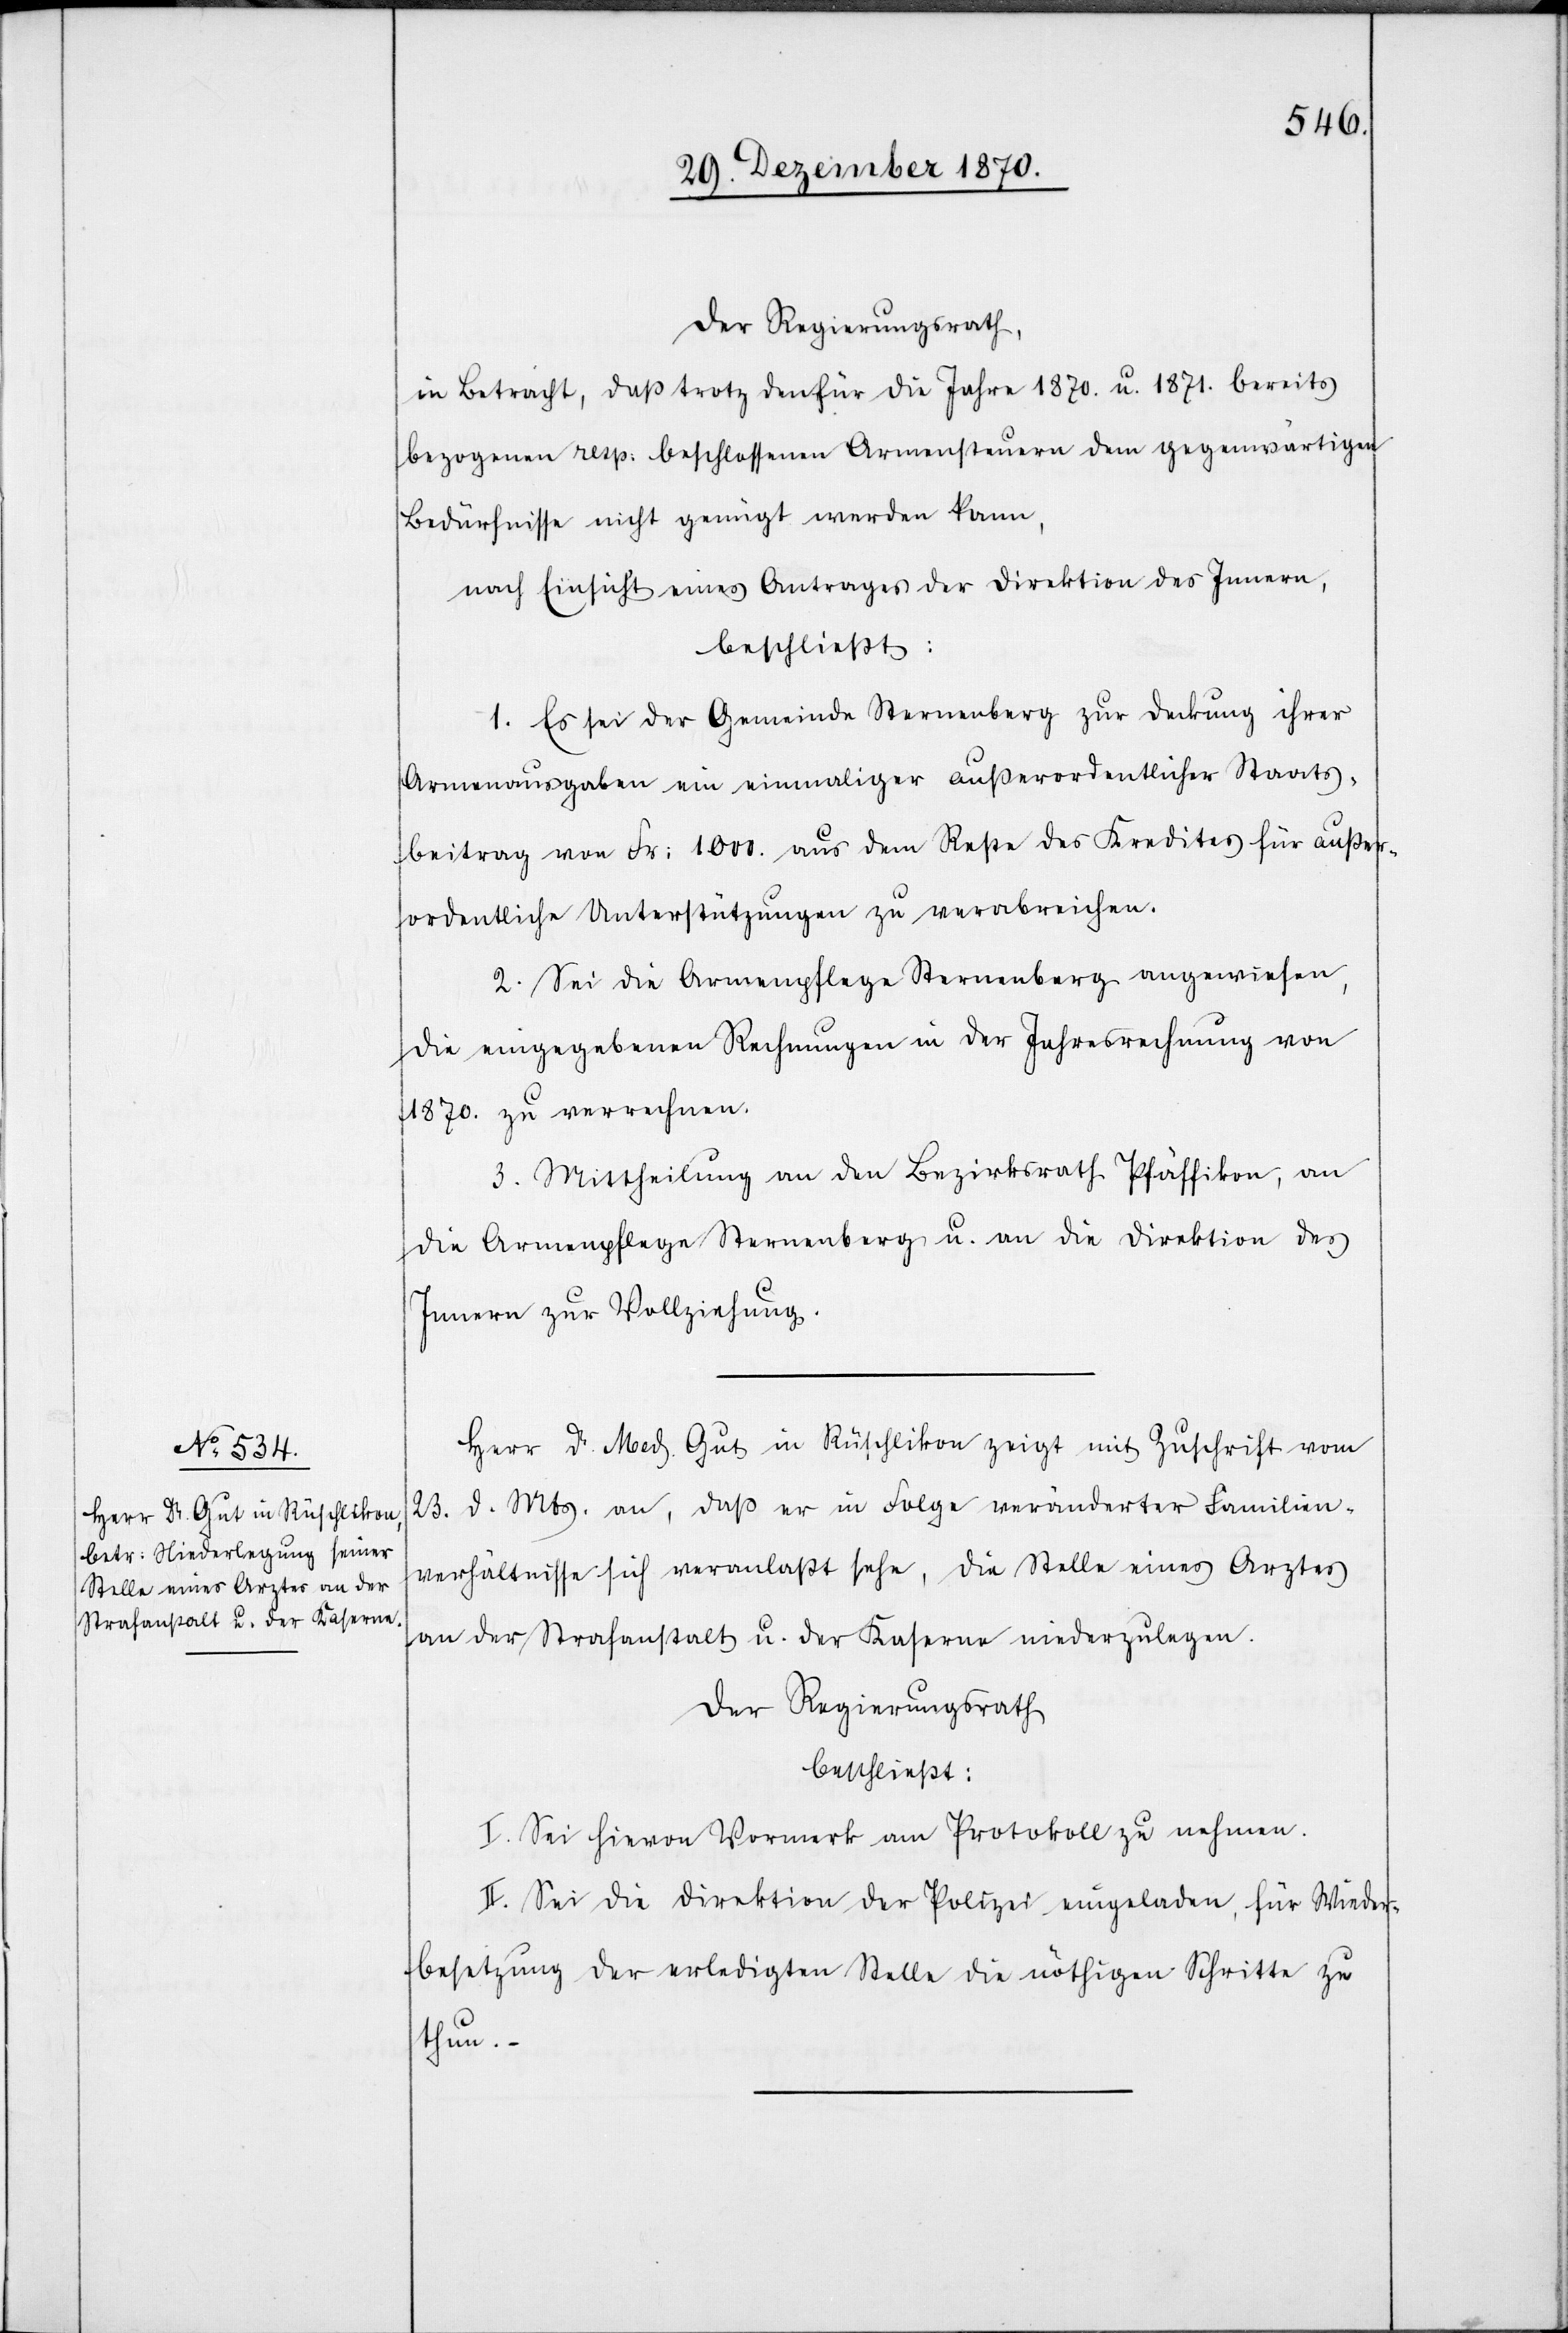
Der Regierungsrath,
in Betracht, daß trotz den für die Jahre 1870. u. 1871. bereits
bezogenen resp. beschlossenen Armensteuern dem gegenwärtigen
Bedürfnisse nicht genügt werden kann,
nach Einsicht eines Antrages der Direktion des Innern,
beschließt:
1. Es sei der Gemeinde Sternenberg zur Deckung ihrer
Armenausgaben ein einmaliger außerordentlicher Staats¬
beitrag von Fr: 1000. aus dem Reste des Kredites für außer¬
ordentliche Unterstützungen zu verabreichen.
2. Sei die Armenpflege Sternenberg angewiesen,
die eingegebenen Rechnungen in der Jahresrechnung von
1870. zu verrechnen.
3. Mittheilung an den Bezirksrath Pfäffikon, an
die Armenpflege Sternenberg u. an die Direktion des
Innern zur Vollziehung.
Herr Dr. Med. Gut in Rüschlikon zeigt mit Zuschrift vom
23. d. Mts. an, daß er in Folge veränderter Familien¬
verhältnisse sich veranlaßt sehe, die Stelle eines Arztes
an der Strafanstalt u. der Kaserne niederzulegen.
Der Regierungsrath
beschließt:
I. Sei hievon Vormerk am Protokoll zu nehmen.
II. Sei die Direktion der Polizei eingeladen, für Wieder¬
besetzung der erledigten Stelle die nöthigen Schritte zu
thun.